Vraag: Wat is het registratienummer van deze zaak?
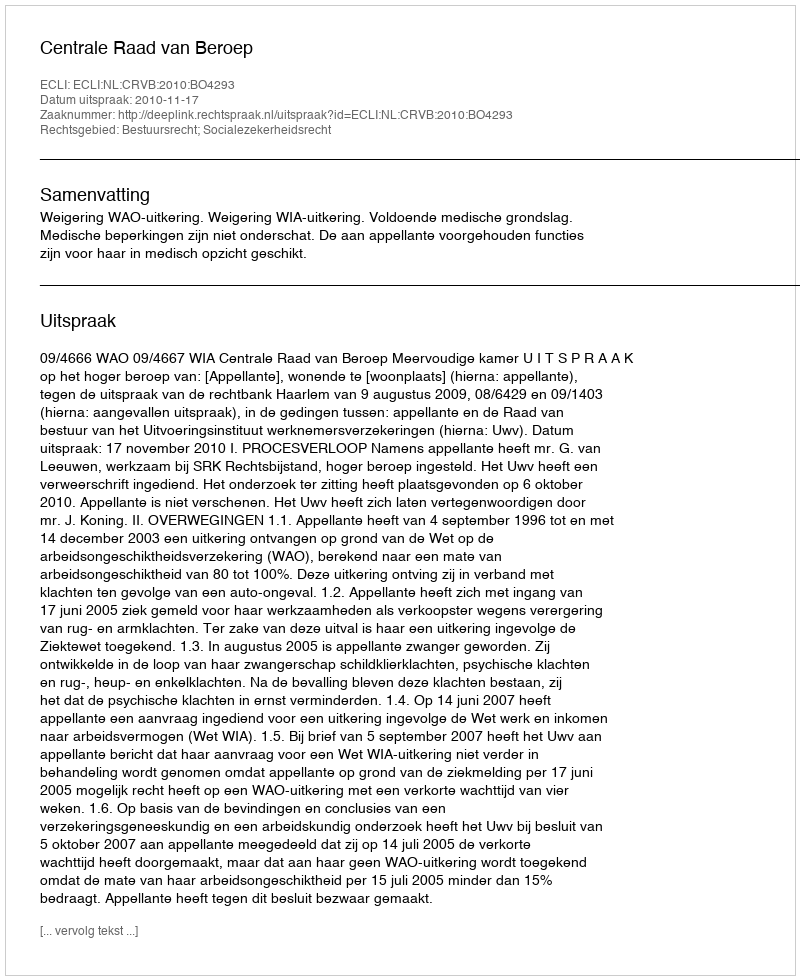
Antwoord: http://deeplink.rechtspraak.nl/uitspraak?id=ECLI:NL:CRVB:2010:BO4293